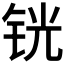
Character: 𰽵